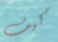
كيف